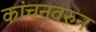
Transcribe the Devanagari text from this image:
कांचनवरुन